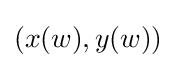
(x(w),y(w))